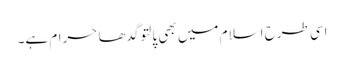
اسی طرح اسلام میں بھی پالتو گدھا حرام ہے۔